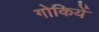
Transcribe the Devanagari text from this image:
गोकियें